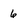
Character: 6